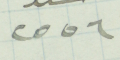
٢٥٥٦